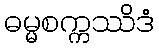
ဓမ္မစက္ကဿိဒံ